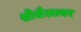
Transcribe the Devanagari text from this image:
श्रीशैलावर